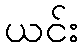
ယင်း